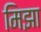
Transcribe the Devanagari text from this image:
मिझा